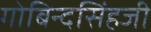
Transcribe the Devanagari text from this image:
गोबिन्दसिंहजी